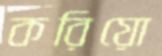
করিয়ো